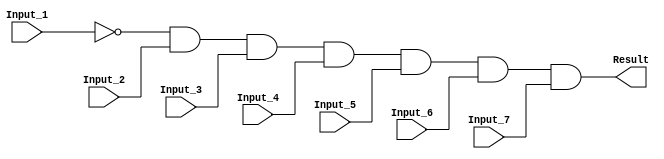
/******************************************************************************
 ** Logisim goes FPGA automatic generated Verilog code                       **
 **                                                                          **
 ** Component : AND_GATE_7_INPUTS                                            **
 **                                                                          **
 ******************************************************************************/

module AND_GATE_7_INPUTS( Input_1,
                          Input_2,
                          Input_3,
                          Input_4,
                          Input_5,
                          Input_6,
                          Input_7,
                          Result);

   /***************************************************************************
    ** Here all module parameters are defined with a dummy value             **
    ***************************************************************************/
   parameter BubblesMask = 1;


   /***************************************************************************
    ** Here the inputs are defined                                           **
    ***************************************************************************/
   input  Input_1;
   input  Input_2;
   input  Input_3;
   input  Input_4;
   input  Input_5;
   input  Input_6;
   input  Input_7;

   /***************************************************************************
    ** Here the outputs are defined                                          **
    ***************************************************************************/
   output Result;

   /***************************************************************************
    ** Here the internal wires are defined                                   **
    ***************************************************************************/
   wire s_real_input_1;
   wire s_real_input_2;
   wire s_real_input_3;
   wire s_real_input_4;
   wire s_real_input_5;
   wire s_real_input_6;
   wire s_real_input_7;
   wire[6:0] s_signal_invert_mask;


   /***************************************************************************
    ** Here the bubbles are processed                                        **
    ***************************************************************************/
   assign s_signal_invert_mask = BubblesMask;
   assign s_real_input_1 = (s_signal_invert_mask[0]) ? ~Input_1: Input_1;
   assign s_real_input_2 = (s_signal_invert_mask[1]) ? ~Input_2: Input_2;
   assign s_real_input_3 = (s_signal_invert_mask[2]) ? ~Input_3: Input_3;
   assign s_real_input_4 = (s_signal_invert_mask[3]) ? ~Input_4: Input_4;
   assign s_real_input_5 = (s_signal_invert_mask[4]) ? ~Input_5: Input_5;
   assign s_real_input_6 = (s_signal_invert_mask[5]) ? ~Input_6: Input_6;
   assign s_real_input_7 = (s_signal_invert_mask[6]) ? ~Input_7: Input_7;

   /***************************************************************************
    ** Here the functionality is defined                                     **
    ***************************************************************************/
   assign Result = s_real_input_1 &
                   s_real_input_2 &
                   s_real_input_3 &
                   s_real_input_4 &
                   s_real_input_5 &
                   s_real_input_6 &
                   s_real_input_7;


endmodule